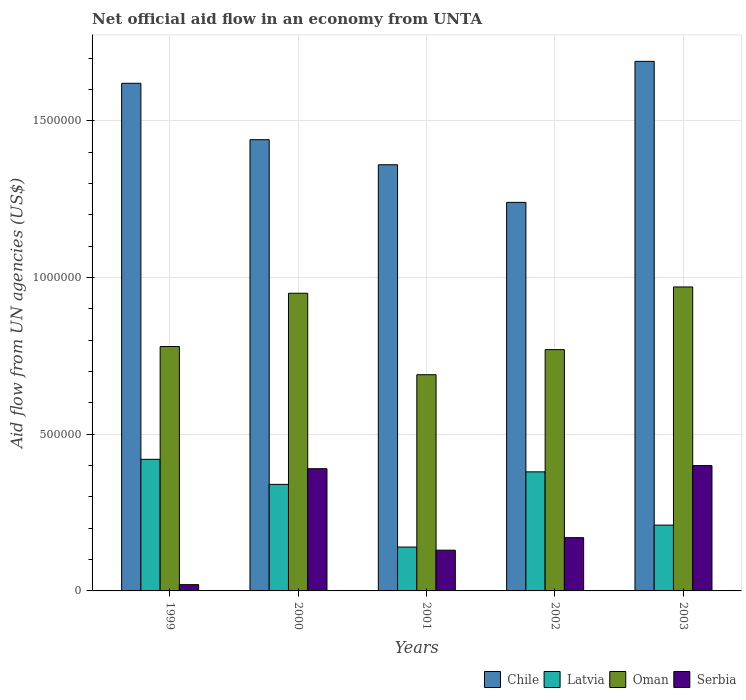
| Years | Chile | Latvia | Oman | Serbia |
 | --- | --- | --- | --- | --- |
 | 1999 | 1.62e+06 | 4.2e+05 | 7.8e+05 | 2e+04 |
 | 2000 | 1.44e+06 | 3.4e+05 | 9.5e+05 | 3.9e+05 |
 | 2001 | 1.36e+06 | 1.4e+05 | 6.9e+05 | 1.3e+05 |
 | 2002 | 1.24e+06 | 3.8e+05 | 7.7e+05 | 1.7e+05 |
 | 2003 | 1.69e+06 | 2.1e+05 | 9.7e+05 | 4e+05 |